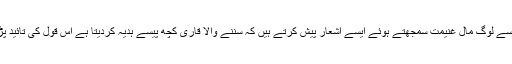
زیادہ اہمیت اور پذیرائی اور سیزن دسمبر کا مہینہ ہوتا ہے جس کو ایسے لوگ مال غنیمت سمجھتے ہوئے ایسے اشعار پیش کرتے ہیں کہ سننے والا قاری کچھ پیسے ہدیہ کردیتا ہے اس قول کی تائید پڑوسی گروپ میں "دسمبر کے فوائد اور نقصانات" سے کی جاتی ہے۔